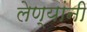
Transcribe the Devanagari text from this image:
लेण्यांनी